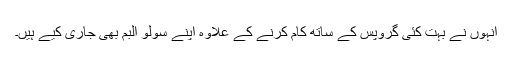
انہوں نے بہت کئی گروپس کے ساتھ کام کرنے کے علاوہ اپنے سولو البم بھی جاری کیے ہیں۔